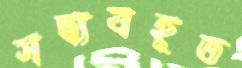
সদ্ব্যবহূত